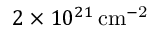
2 \times 1 0 ^ { 2 1 } \, \mathrm { c m ^ { - 2 } }